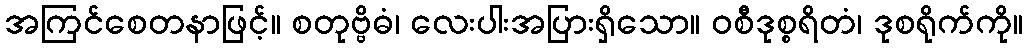
အကြင်စေတနာဖြင့်။ စတုဗ္ဗိဓံ၊ လေးပါးအပြားရှိသော။ ဝစီဒုစ္စရိတံ၊ ဒုစရိုက်ကို။